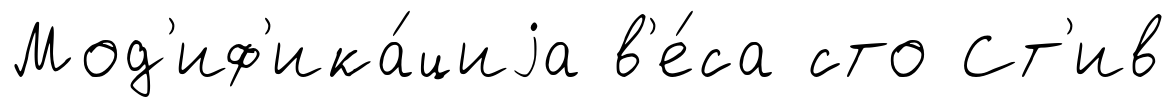
Мод'иф'ика́циjа в'е́са сто Ст'ив